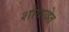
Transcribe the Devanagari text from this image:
शोधावेत